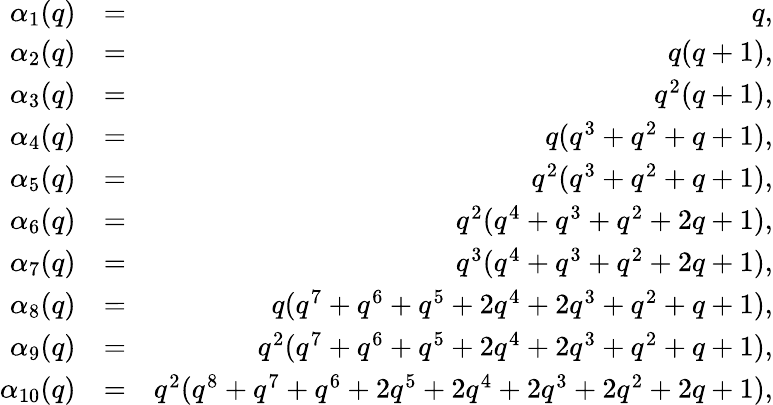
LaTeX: \begin{array}{rlr}{\alpha_{1}(q)}&{=}&{q,}\\ {\alpha_{2}(q)}&{=}&{q(q+1),}\\ {\alpha_{3}(q)}&{=}&{q^{2}(q+1),}\\ {\alpha_{4}(q)}&{=}&{q(q^{3}+q^{2}+q+1),}\\ {\alpha_{5}(q)}&{=}&{q^{2}(q^{3}+q^{2}+q+1),}\\ {\alpha_{6}(q)}&{=}&{q^{2}(q^{4}+q^{3}+q^{2}+2q+1),}\\ {\alpha_{7}(q)}&{=}&{q^{3}(q^{4}+q^{3}+q^{2}+2q+1),}\\ {\alpha_{8}(q)}&{=}&{q(q^{7}+q^{6}+q^{5}+2q^{4}+2q^{3}+q^{2}+q+1),}\\ {\alpha_{9}(q)}&{=}&{q^{2}(q^{7}+q^{6}+q^{5}+2q^{4}+2q^{3}+q^{2}+q+1),}\\ {\alpha_{10}(q)}&{=}&{q^{2}(q^{8}+q^{7}+q^{6}+2q^{5}+2q^{4}+2q^{3}+2q^{2}+2q+1),}\end{array}